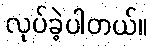
လုပ်ခဲ့ပါတယ်။